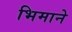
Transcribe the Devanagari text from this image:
भिमानेे